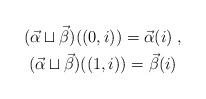
LaTeX: \begin{align*}\begin{gathered}(\vec{\alpha}\sqcup \vec{\beta})((0,i)) = \vec\alpha(i)\;,\\(\vec{\alpha}\sqcup \vec{\beta})((1,i)) = \vec\beta(i)\\\end{gathered}\end{align*}